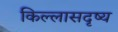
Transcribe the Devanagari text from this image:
किल्लासदृष्य